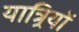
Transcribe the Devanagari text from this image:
यात्र्रियों